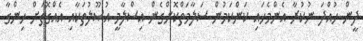
ދީން ހުއްދަ ނުކުރާ އެންމެހައި ކަންކަމުން ސަލާމަތްކޮށްގެން އިސްލާމީ އުޞޫލުތަކާއި އެއްގޮތަށް ހިންގާ